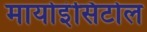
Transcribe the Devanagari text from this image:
मायोइंसिटोल